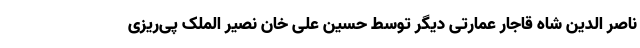
ناصر الدین شاه قاجار عمارتی دیگر توسط حسین علی خان نصیر الملک پی‌ریزی